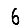
Digit: 6